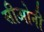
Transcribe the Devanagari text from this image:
सीओनी